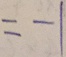
= - 1